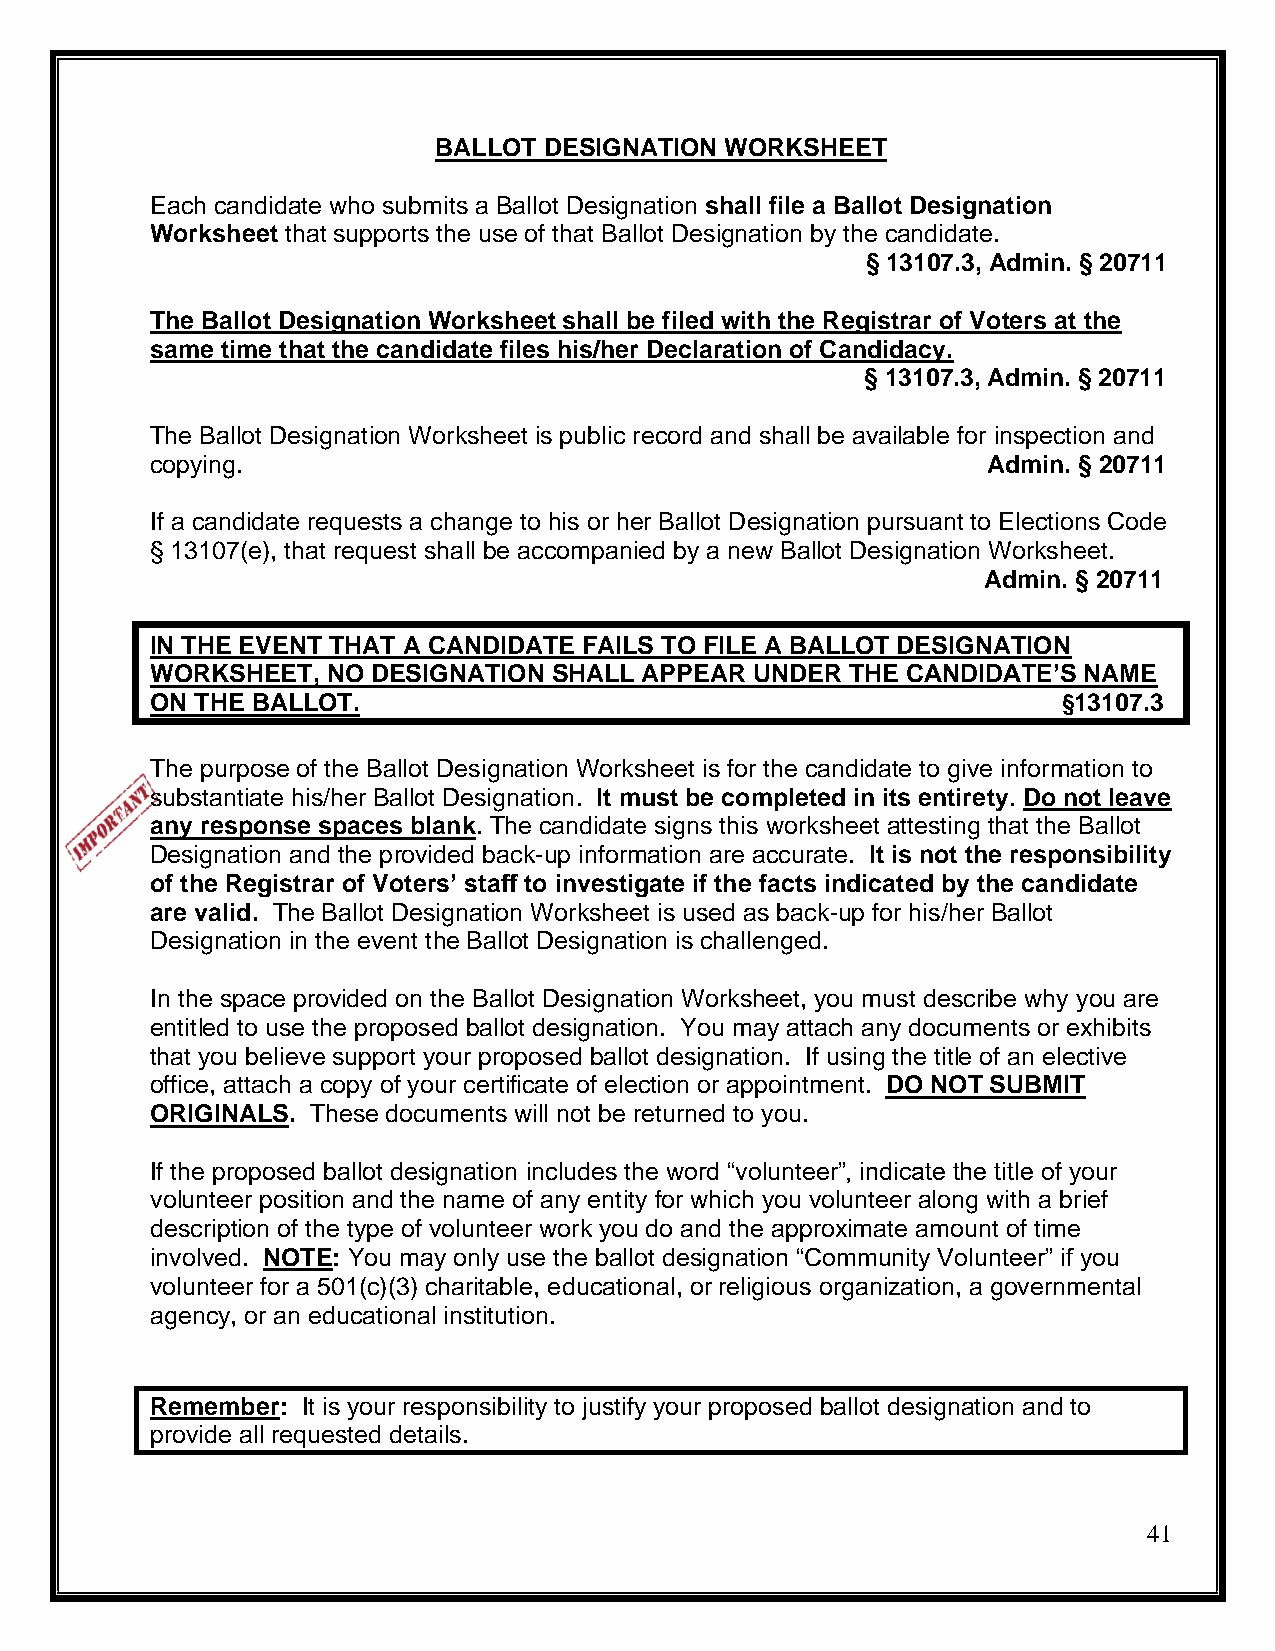
BALLOT DESIGNATION WORKSHEET
 Each candidate who submits a Ballot Designation shall file a Ballot Designation
 Worksheet that supports the use of that Ballot Designation by the candidate.
 § 13107.3, Admin. § 20711
 The Ballot Designation Worksheet shall be filed with the Registrar of Voters at the
 same time that the candidate files his/her Declaration of Candidacy.
 § 13107.3, Admin. § 20711
 The Ballot Designation Worksheet is public record and shall be available for inspection and
 copying.                                               Admin. § 20711
 If a candidate requests a change to his or her Ballot Designation pursuant to Elections Code
 § 13107(e), that request shall be accompanied by a new Ballot Designation Worksheet.
 Admin. § 20711
 IN THE EVENT THAT A CANDIDATE FAILS TO FILE A BALLOT DESIGNATION
 WORKSHEET,  NO DESIGNATION SHALL APPEAR UNDER THE CANDIDATE’S NAME
 ON THE BALLOT.                                              §13107.3
 The purpose of the Ballot Designation Worksheet is for the candidate to give information to
 substantiate his/her Ballot Designation. It must be completed in its entirety. Do not leave
 any response spaces blank. The candidate signs this worksheet attesting that the Ballot
 Designation and the provided back-up information are accurate. It is not the responsibility
 of the Registrar of Voters’ staff to investigate if the facts indicated by the candidate
 are valid. The Ballot Designation Worksheet is used as back-up for his/her Ballot
 Designation in the event the Ballot Designation is challenged.
 In the space provided on the Ballot Designation Worksheet, you must describe why you are
 entitled to use the proposed ballot designation. You may attach any documents or exhibits
 that you believe support your proposed ballot designation. If using the title of an elective
 office, attach a copy of your certificate of election or appointment. DO NOT SUBMIT
 ORIGINALS. These documents will not be returned to you.
 If the proposed ballot designation includes the word “volunteer”, indicate the title of your
 volunteer position and the name of any entity for which you volunteer along with a brief
 description of the type of volunteer work you do and the approximate amount of time
 involved. NOTE: You may only use the ballot designation “Community Volunteer” if you
 volunteer for a 501(c)(3) charitable, educational, or religious organization, a governmental
 agency, or an educational institution.
 Remember: It is your responsibility to justify your proposed ballot designation and to
 provide all requested details.
 41